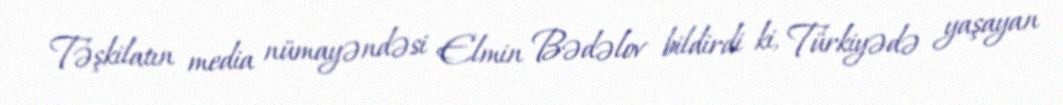
Təşkilatın media nümayəndəsi Elmin Bədəlov bildirdi ki, Türkiyədə yaşayan